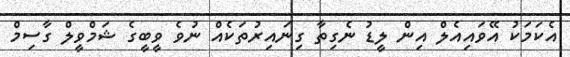
އެކަމަކު އޭވައިއެލް އިން ލީޑު ނެގިތާ ގިނައިރުތަކެއް ނުވެ ވީބީގެ ޝަމްވީލް ގާސިމް